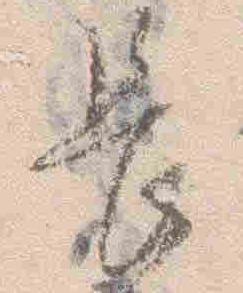
長